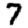
Digit: 7